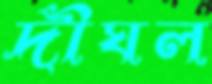
দীঘল